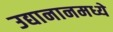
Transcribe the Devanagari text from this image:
उद्यानानमध्ये